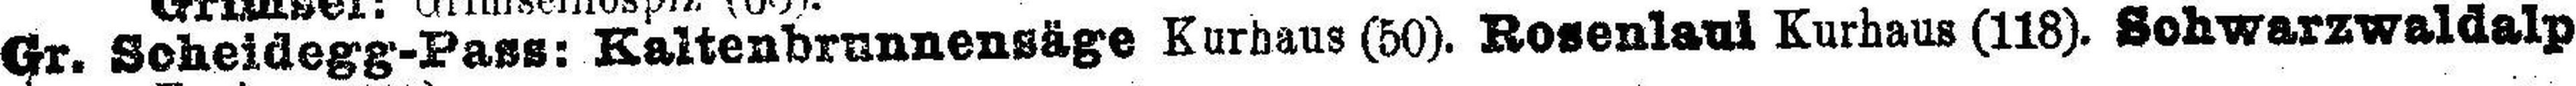
Gr. Scheidegg-Pass: Kaltenbrunnensäge Kurhaus (50). Rosenlaut Kurhaus (118). Schwarzwaldalp